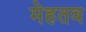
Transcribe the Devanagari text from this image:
मेहतव